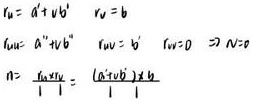
\[
\begin{align*}
r_{u}&= a^{r}+u b^{s}\\
r_{v}&= b^{s}\\
r_{uv}&= a^{r - 1}b^{s}+v b^{2s}\\
r_{vv}&= b^{2s}\\
r_{uvv}&= 0\\
N&=0\\
n&=\frac{r_{uvv}}{r_{vv}}=\frac{a^{r - 1}b^{s}+v b^{2s}}{b^{2s}}
\end{align*}
\]